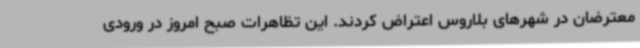
معترضان در شهرهای بلاروس اعتراض کردند. این تظاهرات صبح امروز در ورودی